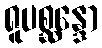
ရူပစ္ဆန္ဒော